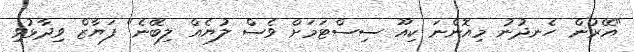
"އޭރުން ހެނދުނު މިއޮންނަ ކިއޫ ސިސްޓަމަށް ވެސް ލުޔެއް ލިބޭނެ" ފަޔާޒް ވިދާޅުވި